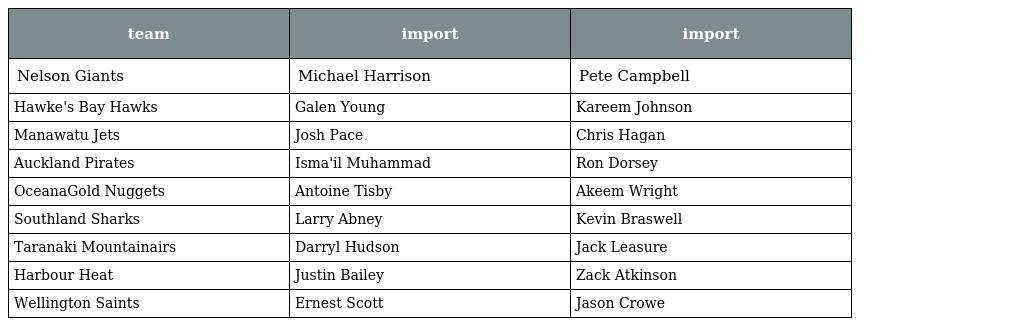
| team | import | import |
 | --- | --- | --- |
 | Nelson Giants | Michael Harrison | Pete Campbell |
 | Hawke's Bay Hawks | Galen Young | Kareem Johnson |
 | Manawatu Jets | Josh Pace | Chris Hagan |
 | Auckland Pirates | Isma'il Muhammad | Ron Dorsey |
 | OceanaGold Nuggets | Antoine Tisby | Akeem Wright |
 | Southland Sharks | Larry Abney | Kevin Braswell |
 | Taranaki Mountainairs | Darryl Hudson | Jack Leasure |
 | Harbour Heat | Justin Bailey | Zack Atkinson |
 | Wellington Saints | Ernest Scott | Jason Crowe |